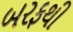
બરફથી